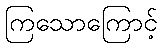
ကြသောကြောင့်